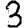
Digit: 3